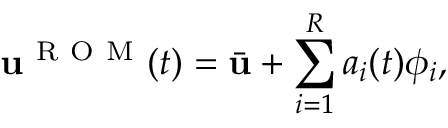
\mathbf { u } ^ { \mathrm { ~ R ~ O ~ M ~ } } ( t ) = \bar { \mathbf { u } } + \sum _ { i = 1 } ^ { R } a _ { i } ( t ) \phi _ { i } ,